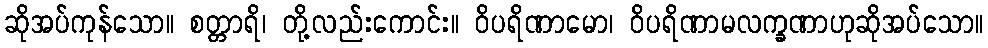
ဆိုအပ်ကုန်သော။ စတ္တာရိ၊ တို့လည်းကောင်း။ ဝိပရိဏာမော၊ ဝိပရိဏာမလက္ခဏာဟုဆိုအပ်သော။